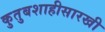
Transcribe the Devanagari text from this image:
कुतुबशाहीसारखी